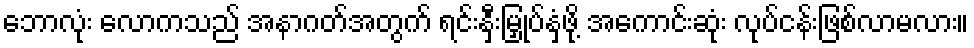
ဘောလုံး လောကသည် အနာဂတ်အတွက် ရင်းနှီးမြှုပ်နှံဖို့ အကောင်းဆုံး လုပ်ငန်းဖြစ်လာမလား။